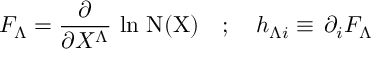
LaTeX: F _ { \Lambda } = \frac { \partial } { \partial X ^ { \Lambda } } \, \ln \, \mathrm { N ( X ) } \quad ; \quad h _ { \Lambda i } \equiv \, \partial _ { i } F _ { \Lambda }